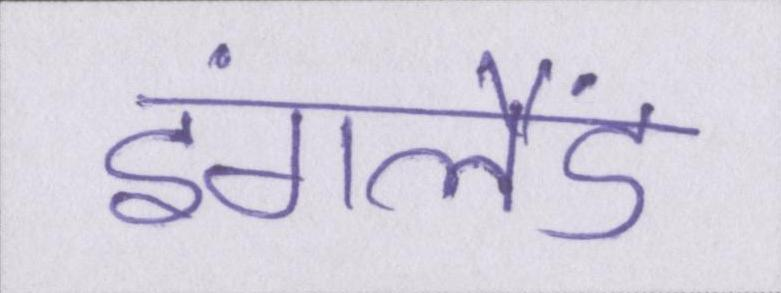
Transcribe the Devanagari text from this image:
इंगलैंड